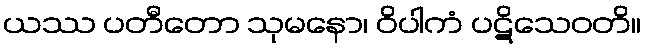
ယဿ ပတီတော သုမနော၊ ဝိပါကံ ပဋိသေဝတိ။